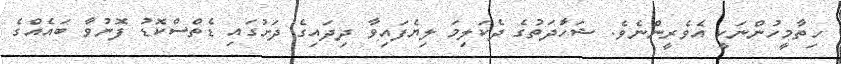
ހިތާމީހުންނަކީ އެވެރީންނެވެ. ޝަހާަދަތުގެ ދެކަލިމަ ލިޔެފައިވާ ދިދަައިގެ ދަށުގައި ޑެތްސްކޮޑު ފޮނުވާ ބައެއްގެ